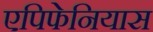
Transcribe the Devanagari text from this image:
एपिफेनियास